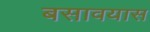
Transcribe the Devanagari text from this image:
बसावयास